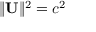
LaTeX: \| \mathbf { U } \| ^ { 2 } = c ^ { 2 }